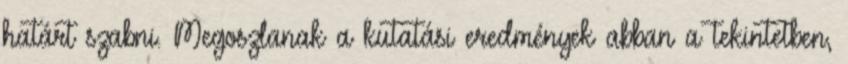
határt szabni. Megoszlanak a kutatási eredmények abban a tekintetben,